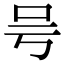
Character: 𠮲